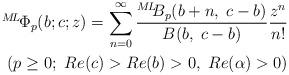
LaTeX: \begin{align*} {}^{M\!L\!}{\Phi}_{p}(b;c;z)= \sum_{n=0}^{\infty}\frac{{}^{M\!L\!\!}B_{p}(b+n,\;c-b)}{B(b,\;c-b)} \frac{z^n}{n!} \\ (p\geq0;\ Re(c)>Re(b)>0,\ Re(\alpha)>0)\end{align*}